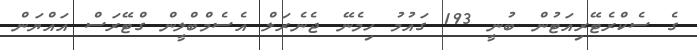
ގެ ސެކްރެޓޭރިއަޓުން ބުނީ 193 ގައުމު ހިމެނޭ ޖެނެރަލް އެސެމްބްލީން ގްޓޭރަސް އައްޔަން